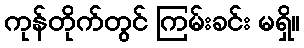
ကုန်တိုက်တွင် ကြမ်းခင်း မရှိ။